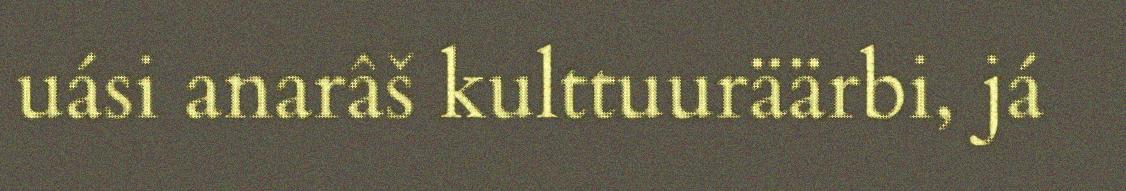
uási anarâš kulttuuräärbi, já